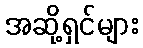
အဆို့ရှင်များ